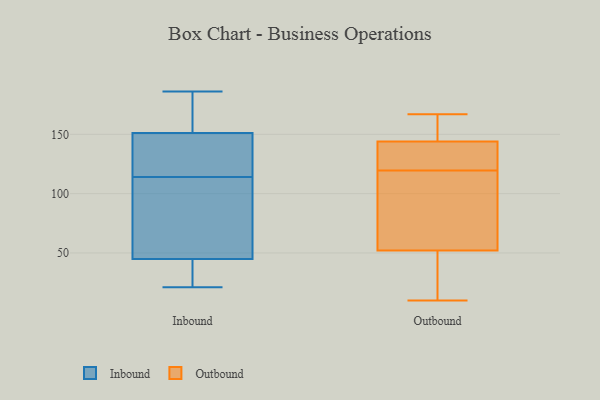
{"axis": {"x": "Website Visitors", "y": "Value"}, "legend": ["Inbound", "Outbound"], "data": [{"x": "", "y": 55, "type": "Inbound"}, {"x": "", "y": 172, "type": "Inbound"}, {"x": "", "y": 144, "type": "Inbound"}, {"x": "", "y": 71, "type": "Inbound"}, {"x": "", "y": 186, "type": "Inbound"}, {"x": "", "y": 144, "type": "Inbound"}, {"x": "", "y": 158, "type": "Inbound"}, {"x": "", "y": 143, "type": "Inbound"}, {"x": "", "y": 29, "type": "Inbound"}, {"x": "", "y": 37, "type": "Inbound"}, {"x": "", "y": 21, "type": "Inbound"}, {"x": "", "y": 28, "type": "Inbound"}, {"x": "", "y": 141, "type": "Inbound"}, {"x": "", "y": 53, "type": "Inbound"}, {"x": "", "y": 87, "type": "Inbound"}, {"x": "", "y": 165, "type": "Inbound"}, {"x": "", "y": 159, "type": "Outbound"}, {"x": "", "y": 52, "type": "Outbound"}, {"x": "", "y": 129, "type": "Outbound"}, {"x": "", "y": 110, "type": "Outbound"}, {"x": "", "y": 135, "type": "Outbound"}, {"x": "", "y": 49, "type": "Outbound"}, {"x": "", "y": 103, "type": "Outbound"}, {"x": "", "y": 144, "type": "Outbound"}, {"x": "", "y": 167, "type": "Outbound"}, {"x": "", "y": 10, "type": "Outbound"}]}